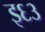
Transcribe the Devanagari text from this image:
इ६३